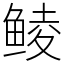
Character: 鲮